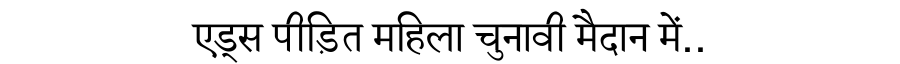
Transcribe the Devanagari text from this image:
एड्स पीड़ित महिला चुनावी मैदान में..